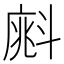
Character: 𣂁